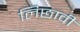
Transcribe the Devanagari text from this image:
लिछावी